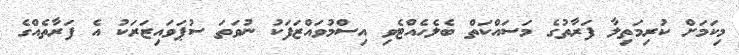
މިކަމަށް ކުރިމަތިލާ ފަރާތުގެ މަސައްކަތް ބެލެހެއްޓެވި އިސްމުވައްޒަފަކު ނުވަތަ ސުޕަވައިޒަރަކު އެ ފަރާތެއްގެ